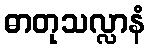
ဓာတုသလ္လာနံ